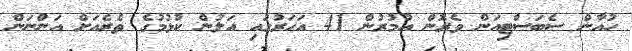
ހުއާން ސެބަސްޓިއަން ވެރޮން އުމުރުން 41 އަހަރުގައި އަލުން ކުޅުމުގެ ތެރެއަށް އަންނަން